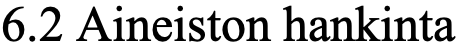
6.2 Aineiston hankinta